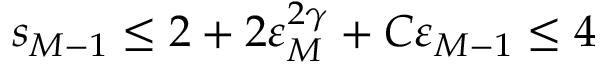
s _ { M - 1 } \leq 2 + 2 \varepsilon _ { M } ^ { 2 \gamma } + C \varepsilon _ { M - 1 } \leq 4